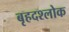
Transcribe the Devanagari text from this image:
बृहदश्लोक